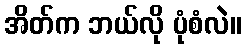
အိတ်က ဘယ်လို ပုံစံလဲ။